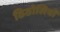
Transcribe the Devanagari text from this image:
ठिठोलियों